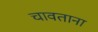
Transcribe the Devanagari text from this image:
चावताना